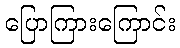
ပြောကြားကြောင်း